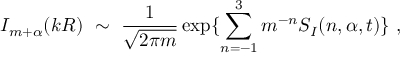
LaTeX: I _ { m + \alpha } ( k R ) \ \sim \ \frac { 1 } { \sqrt { 2 \pi m } } \exp \{ \sum _ { n = - 1 } ^ { 3 } m ^ { - n } S _ { I } ( n , \alpha , t ) \} \ ,